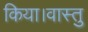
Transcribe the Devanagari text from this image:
किया।वास्तु